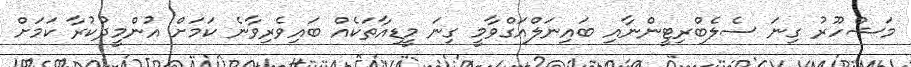
މަޝްހޫރު ގިނަ ސެލެބްރިޓީންނާއި ބައިނަލްއަގްވާމީ ގިނަ މީޑިއާތަކެއް ބައިވެރިވާނެ ކަމަށް އުންމީދުކުރާ ކަމަށް